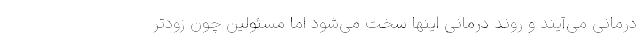
درمانی می‌آیند و روند درمانی اینها سخت می‌شود اما مسئولین چون زودتر